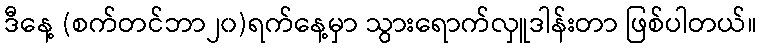
ဒီနေ့ (စက်တင်ဘာ၂၀)ရက်နေ့မှာ သွားရောက်လှူဒါန်းတာ ဖြစ်ပါတယ်။